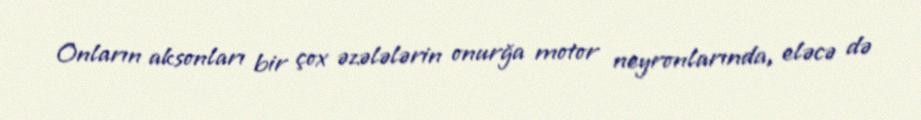
Onların aksonları bir çox əzələlərin onurğa motor neyronlarında, eləcə də